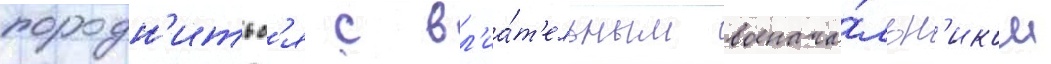
породн'итьс'я с вл'иа́т'ельным военача́льн'иком